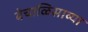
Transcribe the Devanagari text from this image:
बेचाळिसाव्या